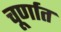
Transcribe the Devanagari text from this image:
चूर्णात